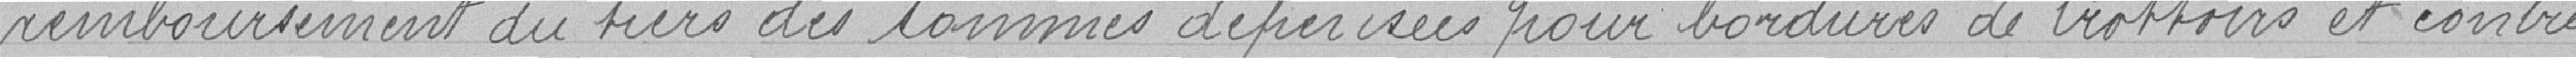
remboursement au tiers des sommes dépensées pour les bordures de trottoirs et contre